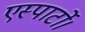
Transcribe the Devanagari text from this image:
एस्पार्टो।